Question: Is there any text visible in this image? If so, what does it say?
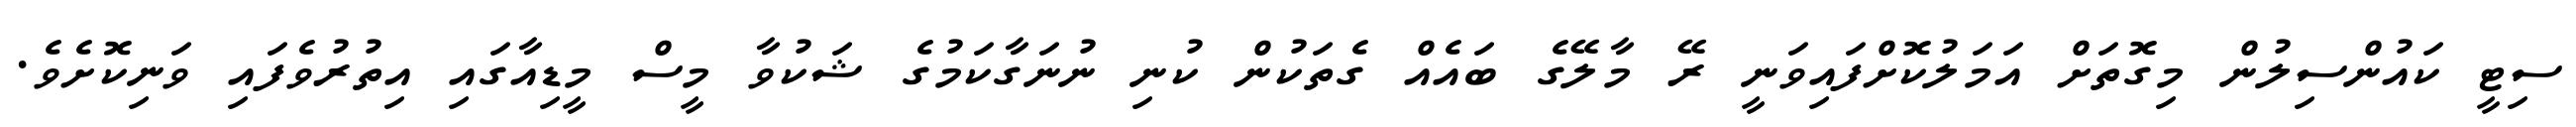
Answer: ސިޓީ ކައުންސިލުން މިގޮތަށް އަމަލުކޮށްފައިވަނީ ރޭ މާލޭގެ ބައެއް ގެތަކުން ކުނި ނުނަގާކަމުގެ ޝަކުވާ މީސް މީޑިއާގައި އިތުރުވެފައި ވަނިކޮށެވެ.